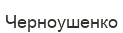
Черноушенко